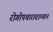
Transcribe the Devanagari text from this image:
रोगोपचारादरम्यान